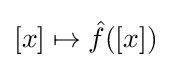
[x]\mapsto {\hat {f}}([x])